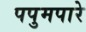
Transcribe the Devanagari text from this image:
पपुमपारे